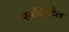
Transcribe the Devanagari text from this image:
स्परिमेंटेल